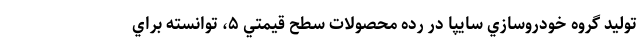
توليد گروه خودروسازي سايپا در رده محصولات سطح قيمتي ۵، توانسته براي